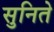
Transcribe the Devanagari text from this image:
सुनिते